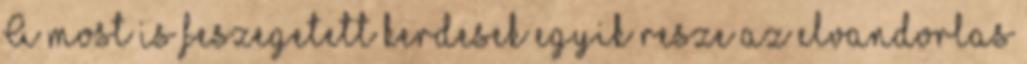
A most is feszegetett kerdesek egyik resze az elvandorlas